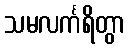
သမလင်္ကရိတွာ